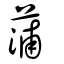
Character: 蒲